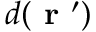
d ( \textbf { r } ^ { \prime } )